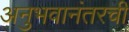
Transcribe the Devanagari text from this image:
अनुभवानंतरची